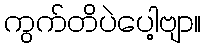
ကွက်တိပဲပေါ့ဗျာ။